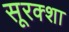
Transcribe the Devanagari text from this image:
सूरक्शा